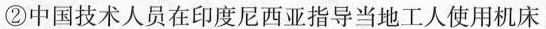
②中国技术人员在印度尼西亚指导当地工人使用机床